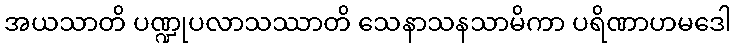
အယသာတိ ပဏ္ဍုပလာသဿာတိ သေနာသနသာမိကာ ပရိဏာဟမဒေါ